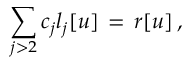
\sum _ { j > 2 } c _ { j } l _ { j } [ u ] \, = \, r [ u ] \, , \